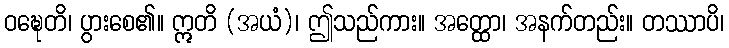
ဝဍ္ဎေတိ၊ ပွားစေ၏။ ဣတိ (အယံ)၊ ဤသည်ကား။ အတ္ထော၊ အနက်တည်း။ တဿာပိ၊